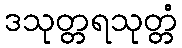
ဒသုတ္တရသုတ္တံ